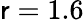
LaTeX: \mathsf{r}=1.6